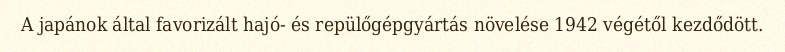
A japánok által favorizált hajó- és repülőgépgyártás növelése 1942 végétől kezdődött.